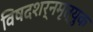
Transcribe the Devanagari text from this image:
विषदशर्नमृत्युक